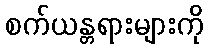
စက်ယန္တရားများကို